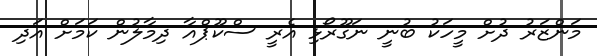
މަންޒަރު ދުށް މީހަކު ބުނީ ނަގޫރޯޅި އެރީ ސްކޫޕްއާ ދިމާލުން ކަމަށް އަދި